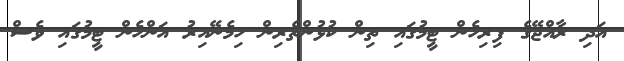
އަދި ރާއްޖޭގެ ފިރިހެން ޓީމުގައި ތިން ކުޅުންތެރިން ހިމެނޭއިރު އަންހެން ޓީމުގައި ވެސް